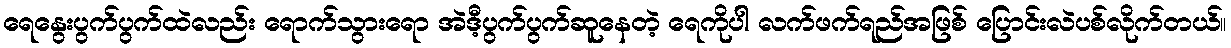
ရေနွေးပွက်ပွက်ထဲလည်း ရောက်သွားရော အဲဒီ့ပွက်ပွက်ဆူနေတဲ့ ရေကိုပါ လက်ဖက်ရည်အဖြစ် ပြောင်းလဲပစ်လိုက်တယ်။